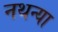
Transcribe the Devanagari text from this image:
नथन्या